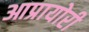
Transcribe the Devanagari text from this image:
आप्रायोरी